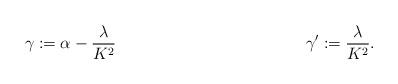
LaTeX: \begin{align*}\gamma & := \alpha - \frac{\lambda}{K^2} & & &\gamma' & : = \frac{\lambda}{K^2}.\end{align*}